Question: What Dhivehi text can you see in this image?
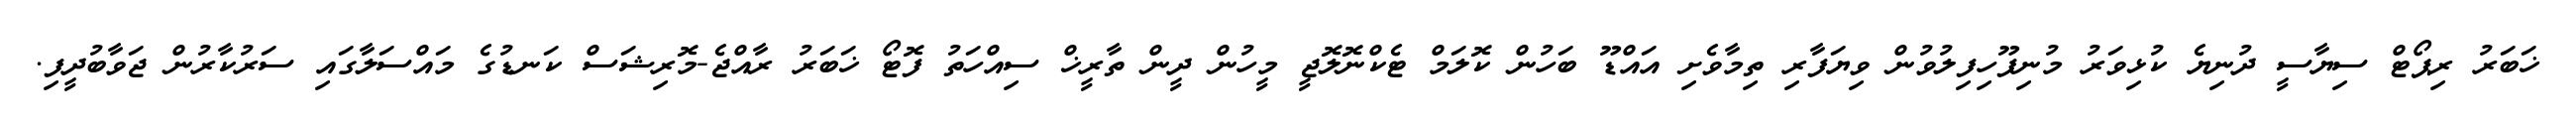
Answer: ޚަބަރު ރިޕޯޓް ސިޔާސީ ދުނިޔެ ކުޅިވަރު މުނިފޫހިފިލުވުން ވިޔަފާރި ތިމާވެށި އައްޑޫ ބަހުން ކޮލަމް ޓެކްނޮލޮޖީ މީހުން ދީން ތާރީޚް ސިއްހަތު ފޮޓޯ ޚަބަރު ރާއްޖެ-މޮރިޝަސް ކަނޑުގެ މައްސަލާގައި ސަރުކާރުން ޖަވާބުދީފި.